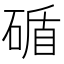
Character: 碷